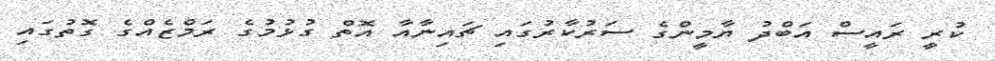
ކުރީ ރައީސް އަބްދު ޔާމީންގެ ސަރުކާރުގައި ޗައިނާއާ އޮތް ގުޅުމުގެ ރަމްޒެއްގެ ގޮތުގައި